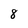
Character: 8